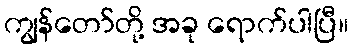
ကျွန်တော်တို့ အခု ရောက်ပါပြီ။